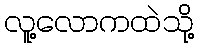
လူ့လောကထဲသို့